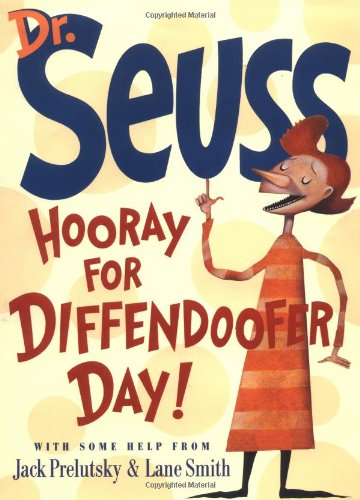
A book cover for Hooray for Diffendoofer Day!; Dr Seuss; Literature & Fiction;